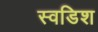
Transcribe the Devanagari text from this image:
स्वडिश